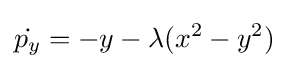
{\dot {p_{y}}}=-y-\lambda (x^{2}-y^{2})